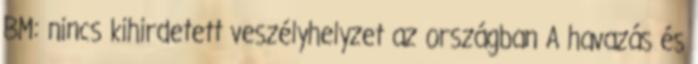
BM: nincs kihirdetett veszélyhelyzet az országban A havazás és